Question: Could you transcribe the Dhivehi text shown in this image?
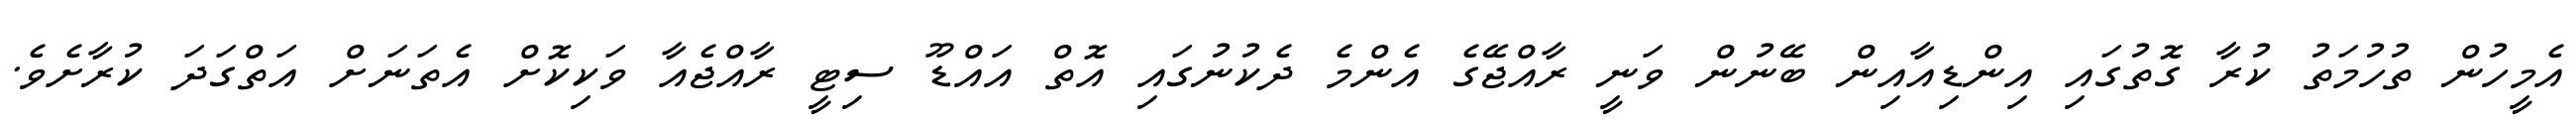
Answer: އެމީހުން ތުހުމަތު ކުރާ ގޮތުގައި އިންޑިއާއިން ބޭނުން ވަނީ ރާއްޖޭގެ އެންމެ ދެކުނުގައި އޮތް އައްޑޫ ސިޓީ ރާއްޖެއާ ވަކިކޮށް އެތަނަށް އަތްގަދަ ކުރާށެވެ.